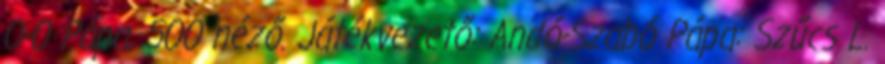
0-0 Pápa, 500 néző. Játékvezető: Andó-Szabó Pápa: Szűcs L.